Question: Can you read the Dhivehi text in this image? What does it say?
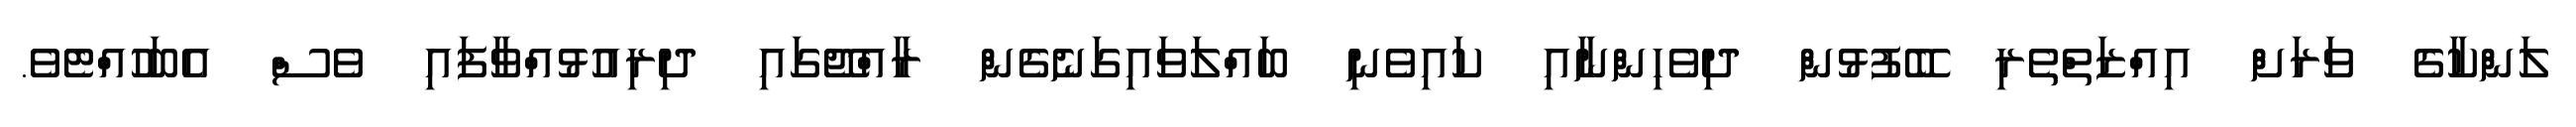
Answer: ލަންކާގެ ވަރަށް އިއްޒަތްތެރި ބޭފުޅުން ދިވެހިންނާއި ކައިވެނި ބައްލަވައިގަނެގެން ރާއްޖޭގައި ދިރިއުޅުއްވާފައި ވެސް އެބަހުއްޓެވެ.